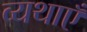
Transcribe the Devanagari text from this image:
व्यथाएँ